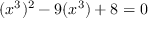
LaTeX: ( x ^ { 3 } ) ^ { 2 } - 9 ( x ^ { 3 } ) + 8 = 0